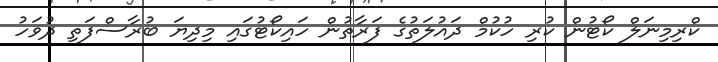
ކްރިމިނަލް ކޯޓުން ކުރި ހުކުމް ދައުލަތުގެ ފަރާތުން ހައިކޯޓުގައި މިދިޔަ ބުރާސްފަތި ދުވަހު